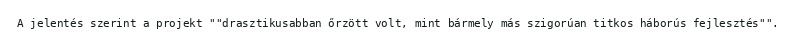
A jelentés szerint a projekt ""drasztikusabban őrzött volt, mint bármely más szigorúan titkos háborús fejlesztés"".